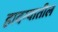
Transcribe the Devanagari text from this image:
हादग्यातील